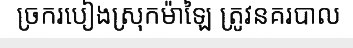
ច្រករបៀងស្រុកម៉ាឡៃ ត្រូវនគរបាល